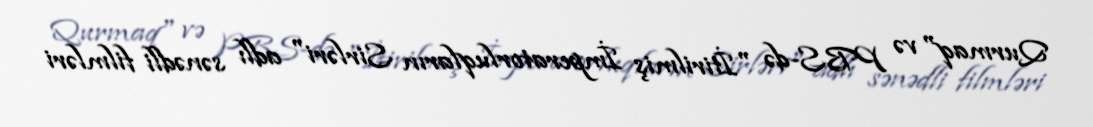
Qurmaq" və PBS-də "İtirilmiş İmperatorluqların Sirləri" adlı sənədli filmləri